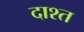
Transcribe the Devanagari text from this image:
दाश्त